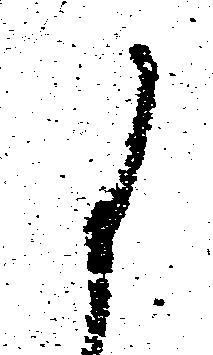
に